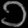
Digit: ၁